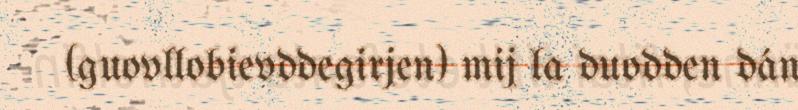
(guovllobievddegirjen) mij la duodden dán